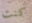
كنت